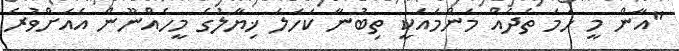
"އާން މީ ހަމަ ތެދެއް މަންމައަކީ ތިބުނާ ކަހަލަ ޚިޔާލުގެ މީހެއްނޫން އެއަށްވުރެ